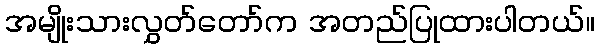
အမျိုးသားလွှတ်တော်က အတည်ပြုထားပါတယ်။